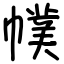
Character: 幞